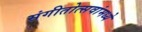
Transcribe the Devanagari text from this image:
संगीतोत्सवांमध्ये